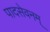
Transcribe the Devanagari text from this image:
पादसेवनम्